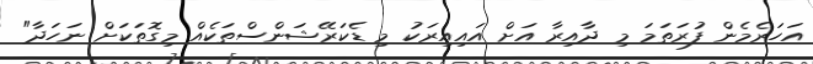
އަހަރެމެން ފުރަތަމަ މި ދާއިރާ އަށް އައިއިރަކު މި ޑެކަރޭޝަންސްތަކެއް މިގޮތަކަށް ނަހަދާ"